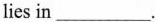
lies in___.